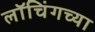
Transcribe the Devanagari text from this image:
लॉचिंगच्या